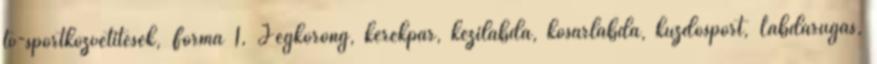
tv-sportközvetítések, Forma 1, Jégkorong, kerékpár, kézilabda, kosárlabda, küzdősport, Labdarúgás,